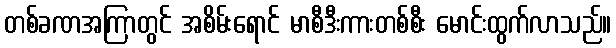
တစ်ခဏအကြာတွင် အစိမ်းရောင် မာစီဒီးကားတစ်စီး မောင်းထွက်လာသည်။